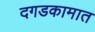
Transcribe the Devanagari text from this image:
दगडकामात